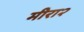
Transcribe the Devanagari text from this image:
मीरा२